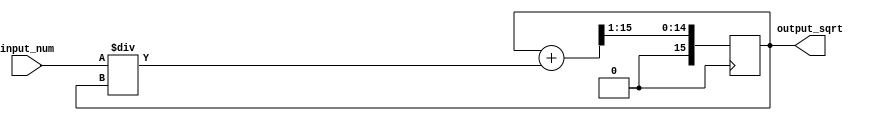
module fixed_point_sqrt(
    input wire signed [15:0] input_num,
    output wire signed [15:0] output_sqrt
);

reg signed [15:0] sqrt_approx;
reg signed [15:0] next_sqrt_approx;

always @(*) begin
    next_sqrt_approx = (sqrt_approx + input_num/sqrt_approx) >> 1;
end

always @(posedge clk) begin
    sqrt_approx <= next_sqrt_approx;
end

assign output_sqrt = sqrt_approx;

endmodule